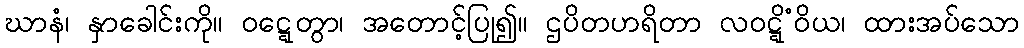
ဃာနံ၊ နှာခေါင်းကို။ ဝဋ္ဋေတွာ၊ အတောင့်ပြု၍။ ဌပိတဟရိတာ လဝဋ္ဋိံဝိယ၊ ထားအပ်သော